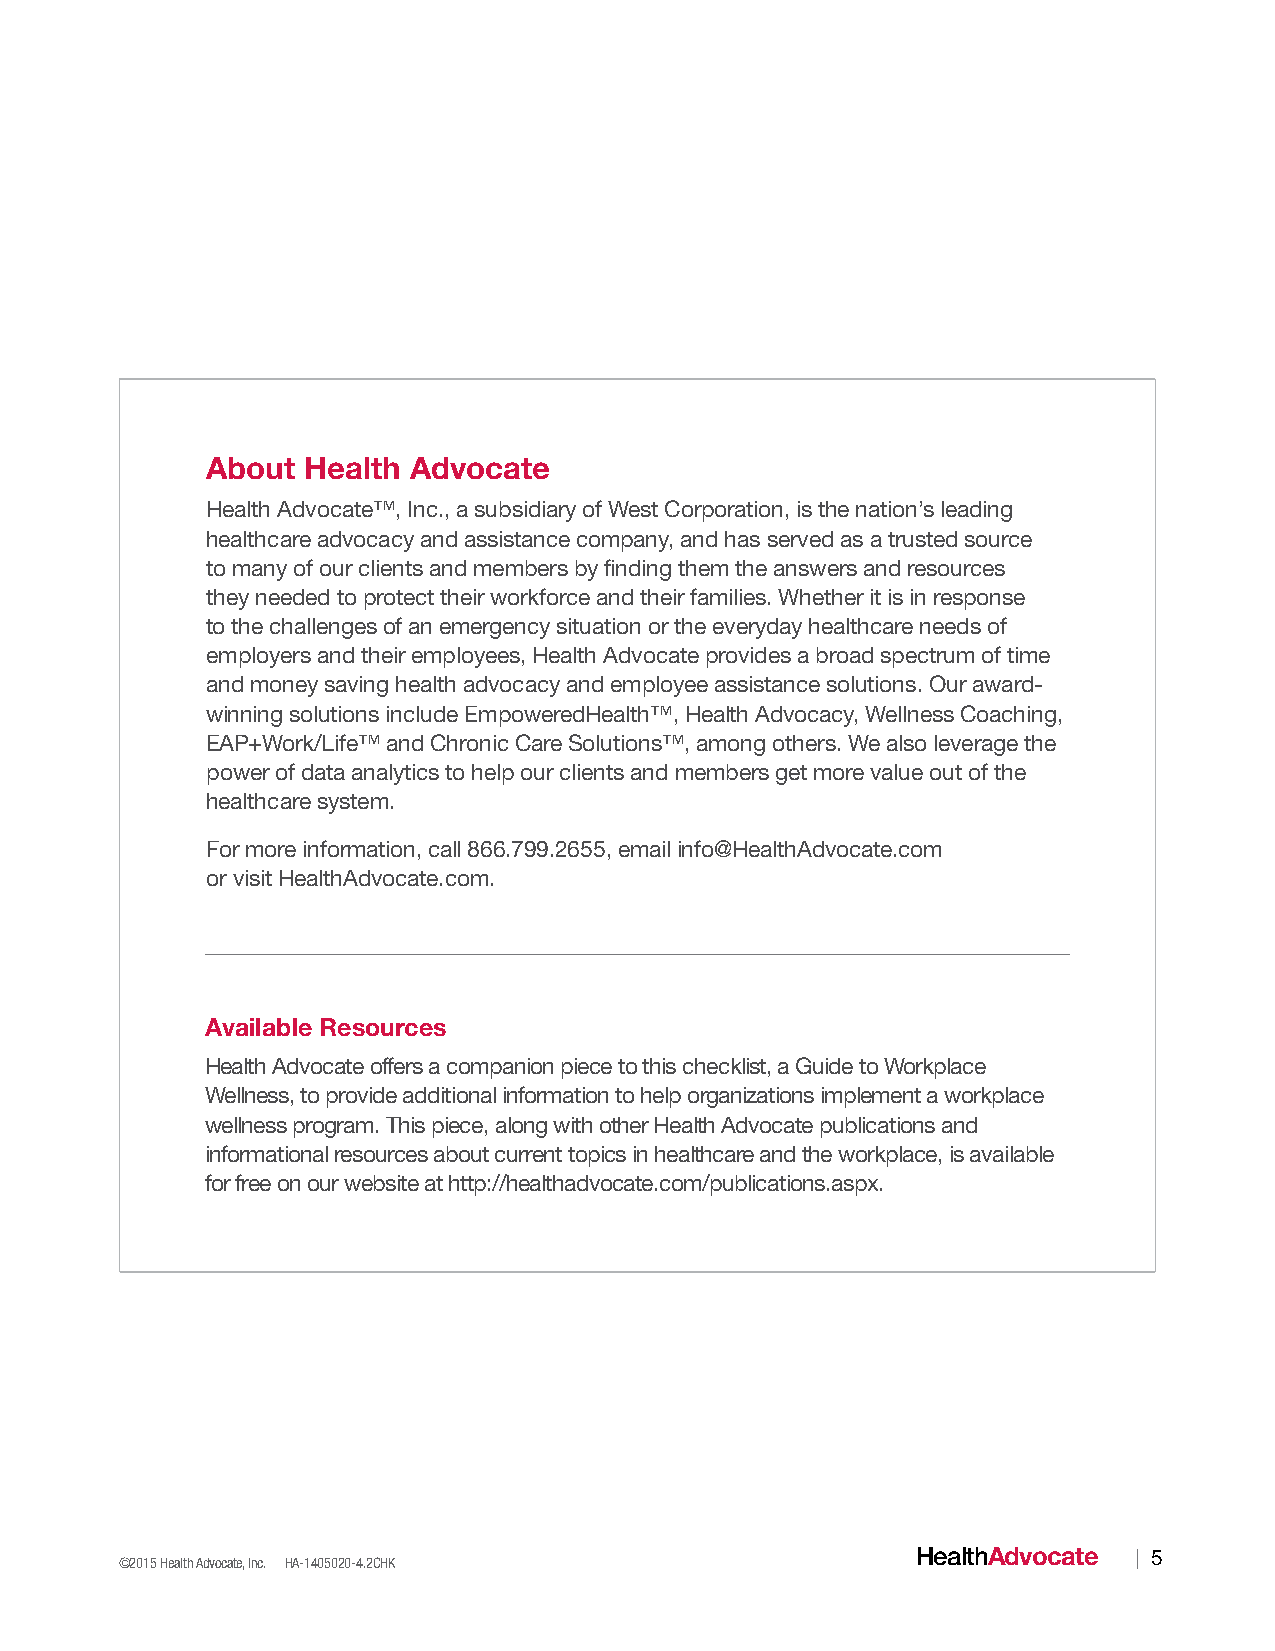
About Health Advocate
 Health Advocate™, Inc., a subsidiary of West Corporation, is the nation’s leading
 healthcare advocacy and assistance company, and has served as a trusted source
 to many of our clients and members by finding them the answers and resources
 they needed to protect their workforce and their families. Whether it is in response
 to the challenges of an emergency situation or the everyday healthcare needs of
 employers and their employees, Health Advocate provides a broad spectrum of time
 and money saving health advocacy and employee assistance solutions. Our award-
 winning solutions include EmpoweredHealth™, Health Advocacy, Wellness Coaching,
 EAP+Work/Life™ and Chronic Care Solutions™, among others. We also leverage the
 power of data analytics to help our clients and members get more value out of the
 healthcare system.
 For more information, call 866.799.2655, email info@HealthAdvocate.com
 or visit HealthAdvocate.com.
 Available Resources
 Health Advocate offers a companion piece to this checklist, a Guide to Workplace
 Wellness, to provide additional information to help organizations implement a workplace
 wellness program. This piece, along with other Health Advocate publications and
 informational resources about current topics in healthcare and the workplace, is available
 for free on our website at http://healthadvocate.com/publications.aspx.
 HealthAdvocate | 5
 ©2015 Health Advocate, Inc. HA-1405020-4.2CHK